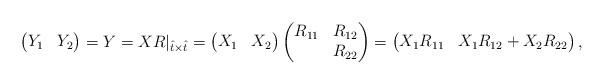
LaTeX: \begin{align*} \begin{pmatrix} Y_1 & Y_2 \end{pmatrix} &= Y = X R|_{\hat t\times\hat t} = \begin{pmatrix} X_1 & X_2 \end{pmatrix} \begin{pmatrix} R_{11} & R_{12}\\ & R_{22} \end{pmatrix} = \begin{pmatrix} X_1 R_{11} & X_1 R_{12} + X_2 R_{22} \end{pmatrix},\end{align*}